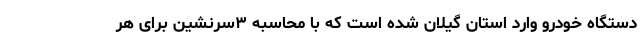
دستگاه خودرو وارد استان گیلان شده است که با محاسبه ۳سرنشین برای هر